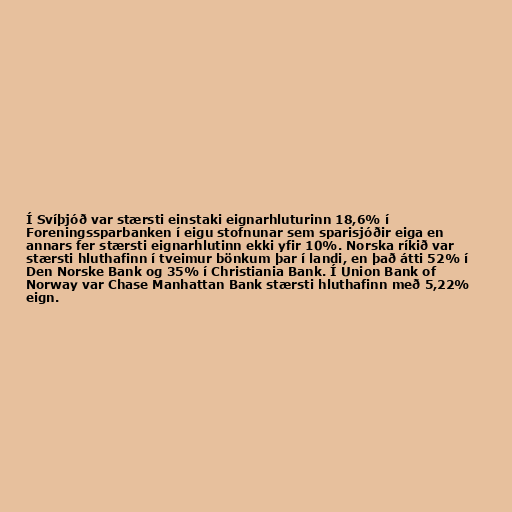
Í Svíþjóð var stærsti einstaki eignarhluturinn 18,6% í
Foreningssparbanken í eigu stofnunar sem sparisjóðir eiga en
annars fer stærsti eignarhlutinn ekki yfir 10%. Norska ríkið var
stærsti hluthafinn í tveimur bönkum þar í landi, en það átti 52% í
Den Norske Bank og 35% í Christiania Bank. Í Union Bank of
Norway var Chase Manhattan Bank stærsti hluthafinn með 5,22%
eign.